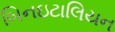
બિનઇટાલિયન